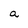
Character: a